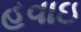
હવાઇ